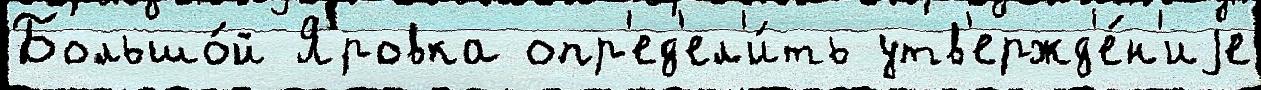
Большо́й Яровка опр'ед'ел'и́ть утв'ержд'е́н'иjе